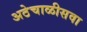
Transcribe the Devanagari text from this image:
अठेचाळीसवा